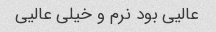
عالیی بود نرم و خیلی عالیی